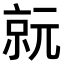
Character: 𠅮